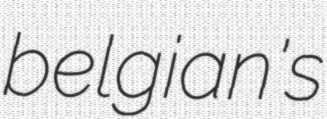
belgian's